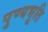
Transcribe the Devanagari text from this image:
पुण्यभूति